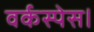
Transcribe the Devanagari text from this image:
वर्कस्पेस।